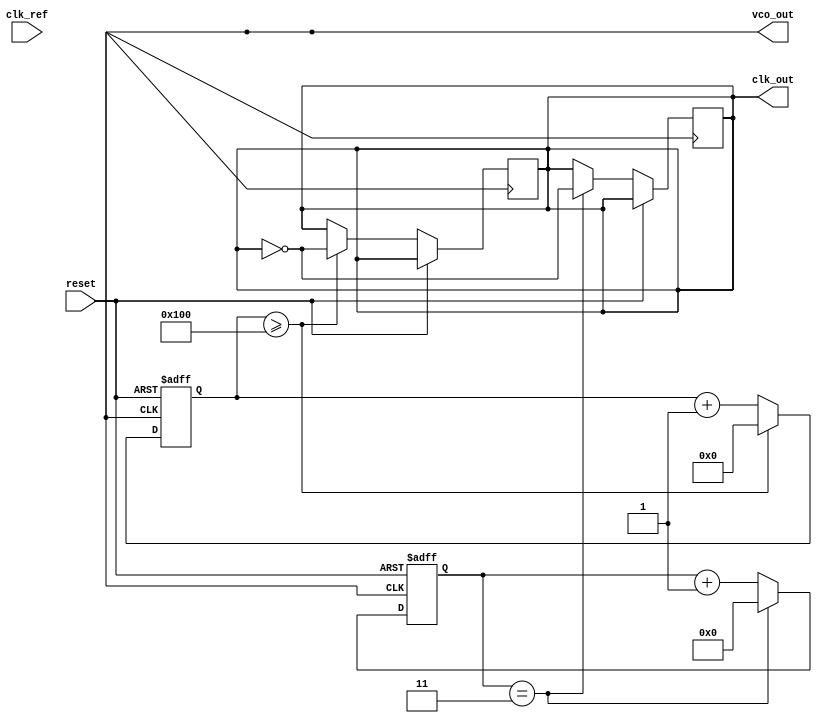
module frac_n_pll (
    input wire clk_ref,        // Reference clock input
    input wire reset,          // Asynchronous reset
    output wire clk_out,       // Output clock
    output wire vco_out        // VCO output
);

    // Parameters
    parameter N = 4;           // Integer division factor
    parameter FRACTIONAL_BITS = 8; // Number of bits for fractional part
    parameter VCO_MAX_FREQ = 100; // Max VCO frequency (arbitrary units)

    // Internal signals
    reg [FRACTIONAL_BITS-1:0] frac_counter; // Counter for fractional division
    reg [31:0] phase_error;      // Phase error signal
    reg [31:0] control_voltage;   // Control voltage from charge pump
    wire feedback_clk;            // Feedback clock from divider
    wire vco_clk;                 // VCO clock output

    // Phase Detector (PD)
    always @(posedge clk_ref or posedge reset) begin
        if (reset) begin
            phase_error <= 0;
        end else begin
            // Compare reference and feedback clock
            // This is a simplified representation
            phase_error <= (feedback_clk ? 1 : 0) - (clk_ref ? 1 : 0);
        end
    end

    // Charge Pump (CP)
    always @(posedge clk_ref or posedge reset) begin
        if (reset) begin
            control_voltage <= 0;
        end else begin
            // Simple charge/discharge logic
            if (phase_error > 0) begin
                control_voltage <= control_voltage + 1; // Charge
            end else if (phase_error < 0) begin
                control_voltage <= control_voltage - 1; // Discharge
            end
        end
    end

    // Loop Filter (simple first-order)
    reg [31:0] loop_filter_out;
    always @(posedge clk_ref or posedge reset) begin
        if (reset) begin
            loop_filter_out <= 0;
        end else begin
            loop_filter_out <= (loop_filter_out + control_voltage) >> 1; // Low-pass filter
        end
    end

    // Voltage-Controlled Oscillator (VCO)
    reg [31:0] vco_freq;
    always @(posedge clk_ref or posedge reset) begin
        if (reset) begin
            vco_freq <= 0;
        end else begin
            vco_freq <= loop_filter_out % VCO_MAX_FREQ; // Control frequency
        end
    end

    // Frequency Divider (N-divider)
    reg [N-1:0] n_divider;
    always @(posedge vco_clk or posedge reset) begin
        if (reset) begin
            n_divider <= 0;
        end else begin
            n_divider <= n_divider + 1;
            if (n_divider == N-1) begin
                n_divider <= 0;
                feedback_clk <= ~feedback_clk; // Toggle feedback clock
            end
        end
    end

    // Fractional Divider
    reg [FRACTIONAL_BITS-1:0] frac_divider;
    always @(posedge vco_clk or posedge reset) begin
        if (reset) begin
            frac_divider <= 0;
        end else begin
            frac_divider <= frac_divider + 1;
            if (frac_divider >= (1 << FRACTIONAL_BITS)) begin
                frac_divider <= 0;
                feedback_clk <= ~feedback_clk; // Adjust feedback clock based on fractional division
            end
        end
    end

    // Output Stage
    assign clk_out = feedback_clk;
    assign vco_out = vco_clk;

endmodule